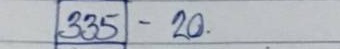
335 - 20